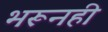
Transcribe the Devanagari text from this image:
भरूनही